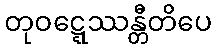
တုဝဋ္ဋေဿန္တီတိပေ